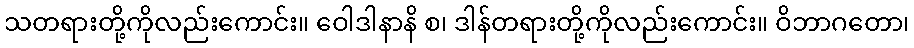
သတရားတို့ကိုလည်းကောင်း။ ဝေါဒါနာနိ စ၊ ဒါန်တရားတို့ကိုလည်းကောင်း။ ဝိဘာဂတော၊